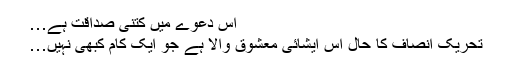
اس دعوے میں کتنی صداقت ہے…
تحریک انصاف کا حال اس ایشائی معشوق والا ہے جو ایک کام کبھی نہیں…